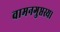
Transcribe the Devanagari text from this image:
वामनगुप्तस्य।